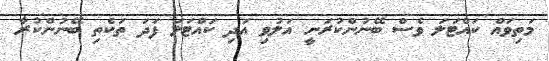
މަތިވައް ކައްޓަލަ ވެސް ބޭނުންކުރަނީ އަލުވި އަދި ކައްޓަލަ ފަދަ ތަކެތި ބޭނުންކުރާ